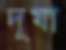
দূষা